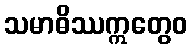
သမာဓိဿဣတွေဝ